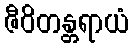
ဇီဝိတန္တရာယံ